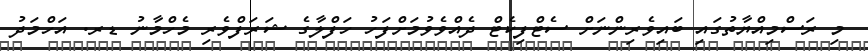
މި ރަސްމިއްޔާތުގައި ބައިވެރިންނަށް ސެޓްފިކެޓް ދެއްވެވުމަށްފަހު ހަފްލާގެ ޝަރަފްވެރި މެހްމާނު ޑރ. އަހްމަދު